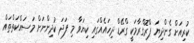
ކުރިއަށް ގެންދިޔަ ޕްރޮގްރާމަކީ ގްރޭޑް ދިހައެއްގައި ކިޔަވާ މި ފަދަ ކުދިންނަށް މަސައްކަތްތައް